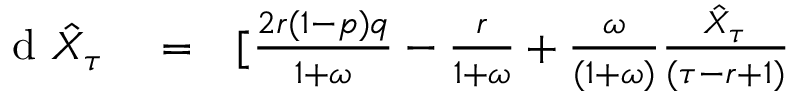
\begin{array} { r l r } { \textrm { d } \hat { X } _ { \tau } } & { { } = } & { [ \frac { 2 r ( 1 - p ) q } { 1 + \omega } - \frac { r } { 1 + \omega } + \frac { \omega } { ( 1 + \omega ) } \frac { \hat { X } _ { \tau } } { ( \tau - r + 1 ) } } \end{array}